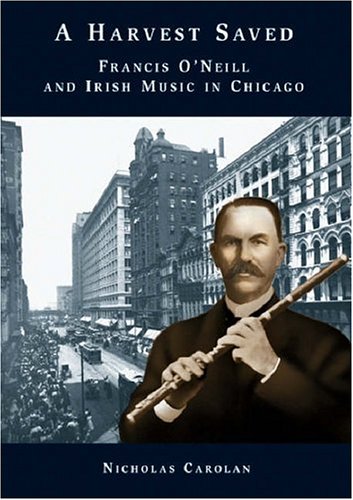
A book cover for A Harvest Saved (Text); Nicholas Carolan; Crafts, Hobbies & Home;